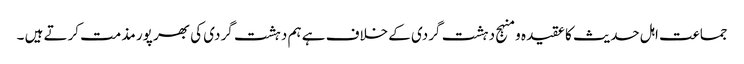
جماعت اہل حدیث کا عقیدہ و منہج دہشت گردی کے خلاف ہے ہم دہشت گردی کی بھر پور مذمت کرتے ہیں ۔